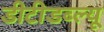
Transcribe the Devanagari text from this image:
डीटीडब्ल्यू